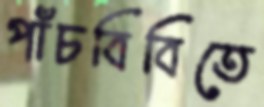
পাঁচবিবিতে